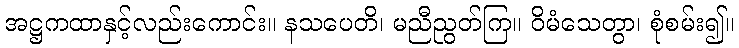
အဋ္ဌကထာနှင့်လည်းကောင်း။ နသပေတိ၊ မညီညွတ်ကြ။ ဝိမံသေတွာ၊ စုံစမ်း၍။